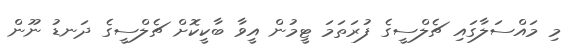
މި މައްސަލާގައި ޗެލްސީގެ ފުރަތަމަ ޓީމުން އީވާ ބާކީކޮށް ޗެލްސީގެ ދަނޑު ނޫން